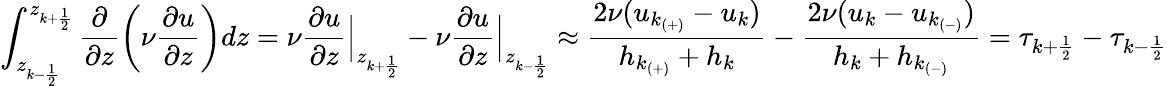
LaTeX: \int_{z_{k-\frac{1}{2}}}^{z_{k+\frac{1}{2}}}\frac{\partial}{\partial z}\left(\nu\frac{\partial u}{\partial z}\right)dz=\nu\frac{\partial u}{\partial z}\Big|_{z_{k+\frac{1}{2}}}-\nu\frac{\partial u}{\partial z}\Big|_{z_{k-\frac{1}{2}}}\approx\frac{2\nu(u_{k_{(+)}}-u_{k})}{h_{k_{(+)}}+h_{k}}-\frac{2\nu(u_{k}-u_{k_{(-)}})}{h_{k}+h_{k_{(-)}}}=\tau_{k+\frac{1}{2}}-\tau_{k-\frac{1}{2}}